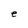
Character: e